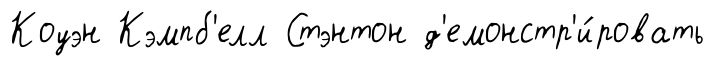
Коуэн Кэмпб'елл Стэнтон д'емонстр'и́ровать